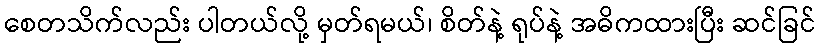
စေတသိက်လည်း ပါတယ်လို့ မှတ်ရမယ်၊ စိတ်နဲ့ ရုပ်နဲ့ အဓိကထားပြီး ဆင်ခြင်